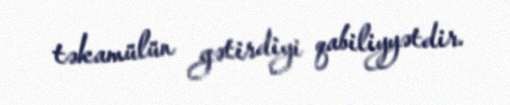
təkamülün gətirdiyi qabiliyyətdir.